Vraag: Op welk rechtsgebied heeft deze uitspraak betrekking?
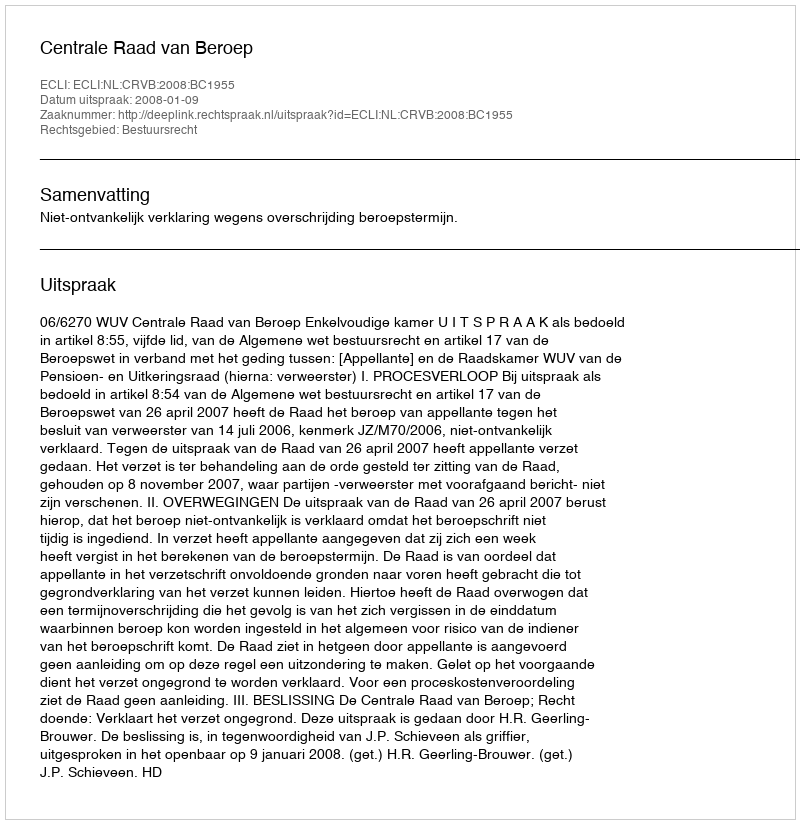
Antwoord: Bestuursrecht